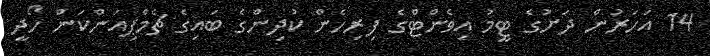
14 އަހަރުން ދަށުގެ ޓީމު އިވެންޓްގެ ފިރިހެން ކުދިންގެ ބައިގެ ޗެމްޕިއަންކަން ހޯދީ